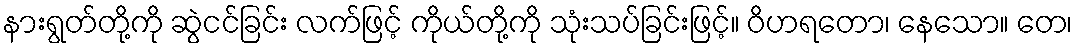
နားရွတ်တို့ကို ဆွဲငင်ခြင်း လက်ဖြင့် ကိုယ်တို့ကို သုံးသပ်ခြင်းဖြင့်။ ဝိဟရတော၊ နေသော။ တေ၊